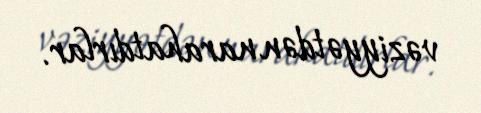
vəziyyətdən narahatdırlar.